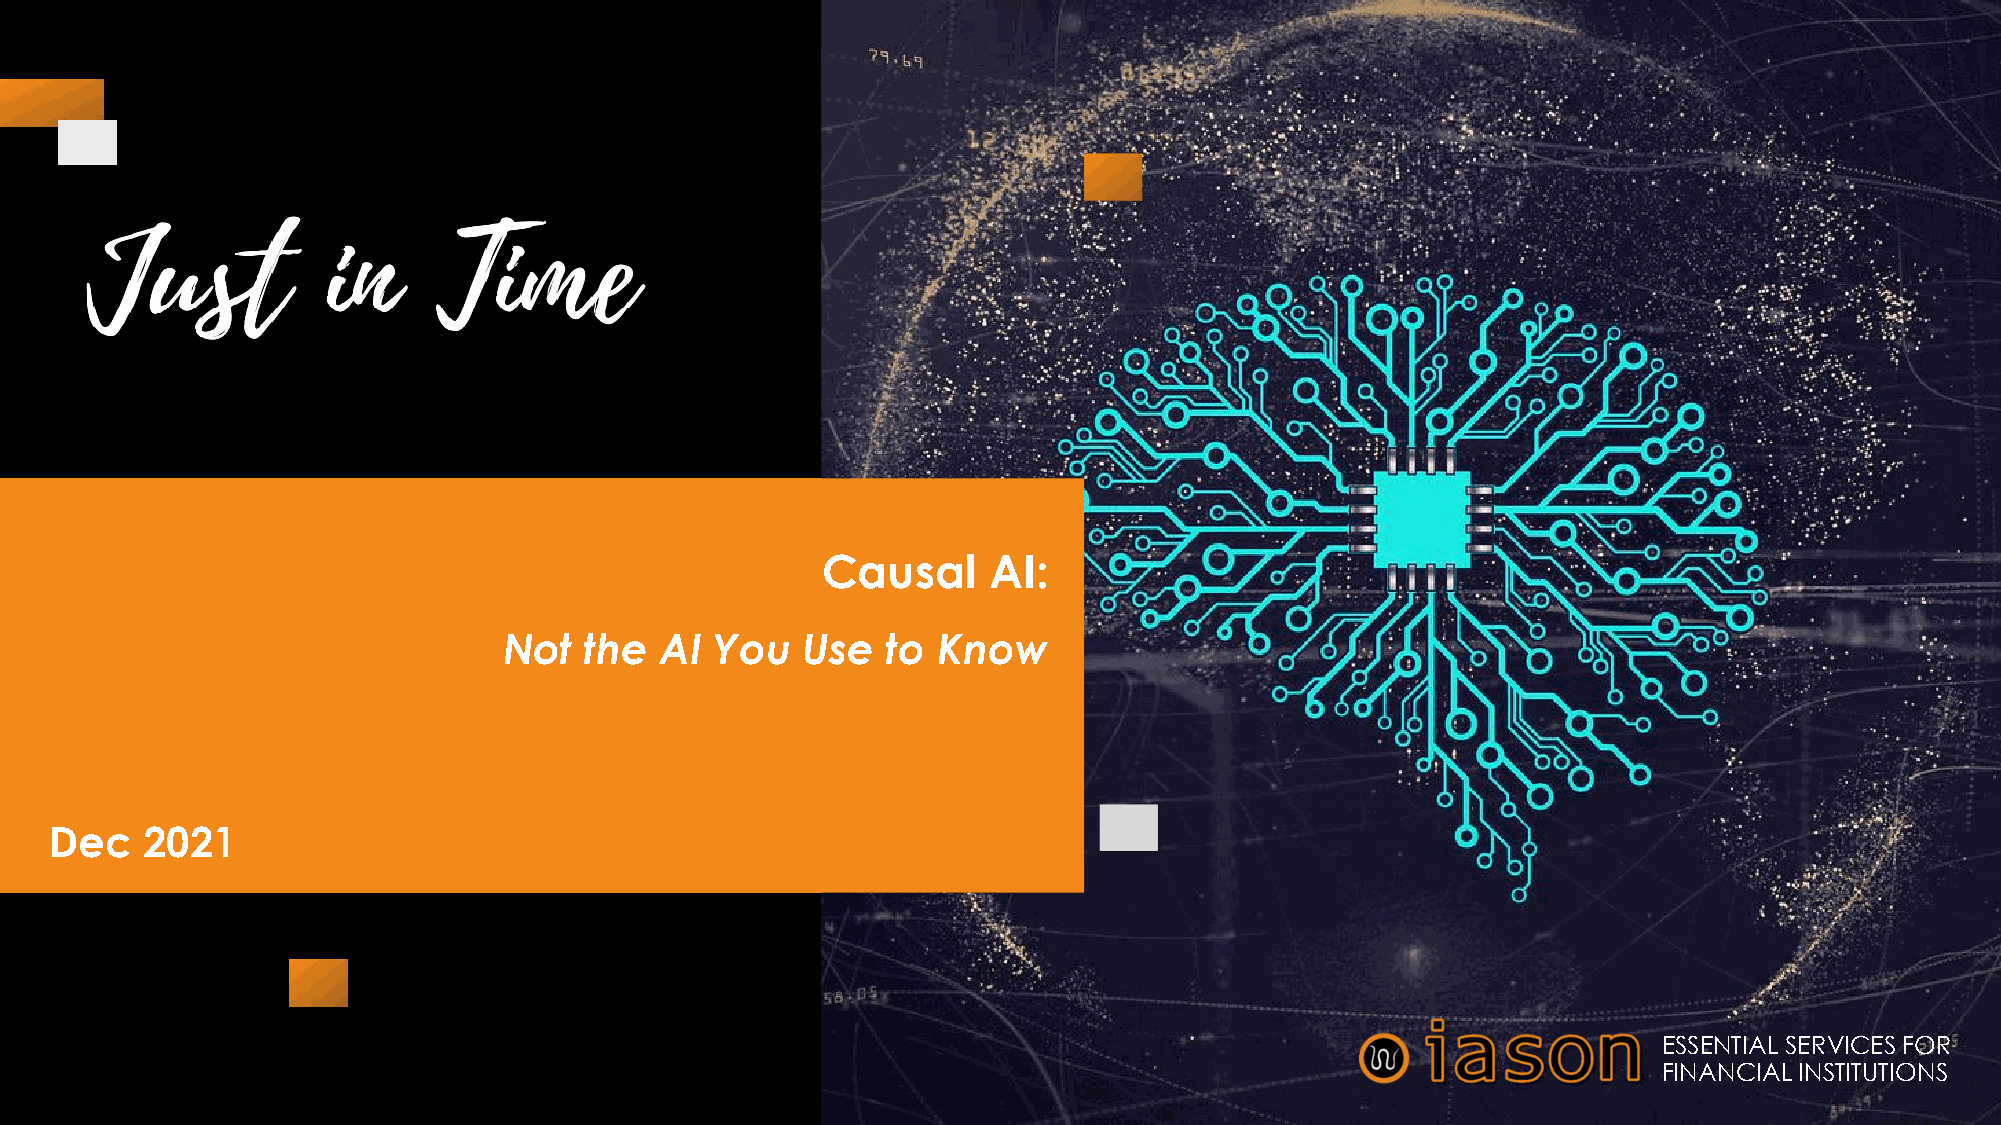
Causal     AI:
 Not   the  AI You   Use   to Know
 Dec   2021
 EESSSSEENNTTIIAALL SSEERRVVIICCEESS FFOORR
 FFIINNAANNCCIIAALL IINNSSTTIITTUUTTIIOONNSS
 Copyright © 2021 – Iason Consulting Ltd. All rights reserved